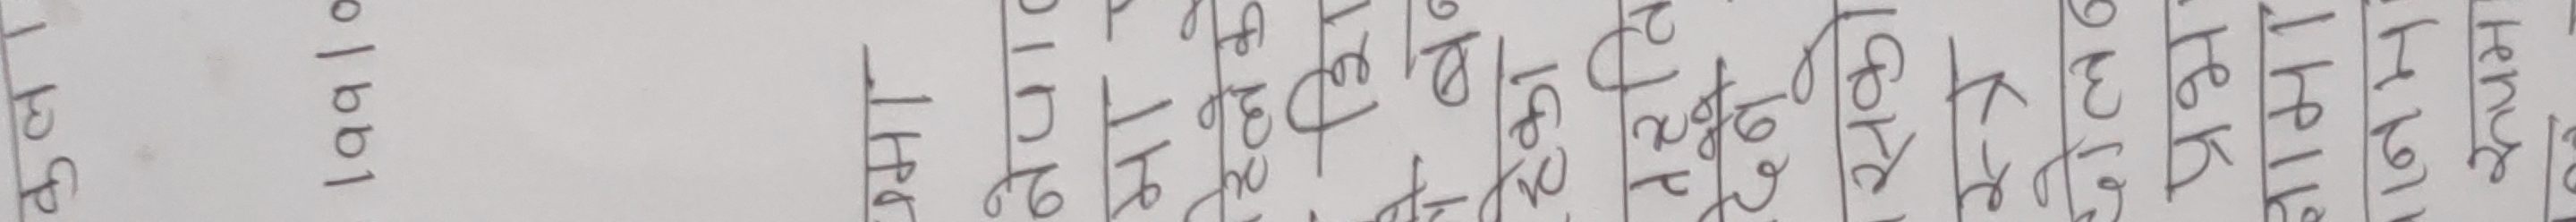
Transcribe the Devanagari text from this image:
तगत प्रहार उपचार औषधि परीक्षण रुपैयाँ आर्थिक स्वास्थ्य लागत बजेट